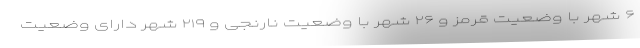
۶ شهر با وضعیت قرمز و ۲۶ شهر با وضعیت نارنجی و ۲۱۹ شهر دارای وضعیت